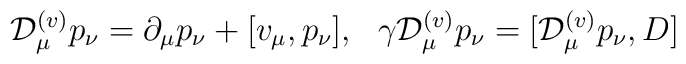
{\cal D}^{(v)}_{\mu}p_{\nu}  =\partial_{\mu}p_{\nu}+[v_{\mu},p_{\nu}], \ \   \gamma{\cal D}^{(v)}_{\mu}p_{\nu}  =[{\cal D}^{(v)}_{\mu}p_{\nu},D]